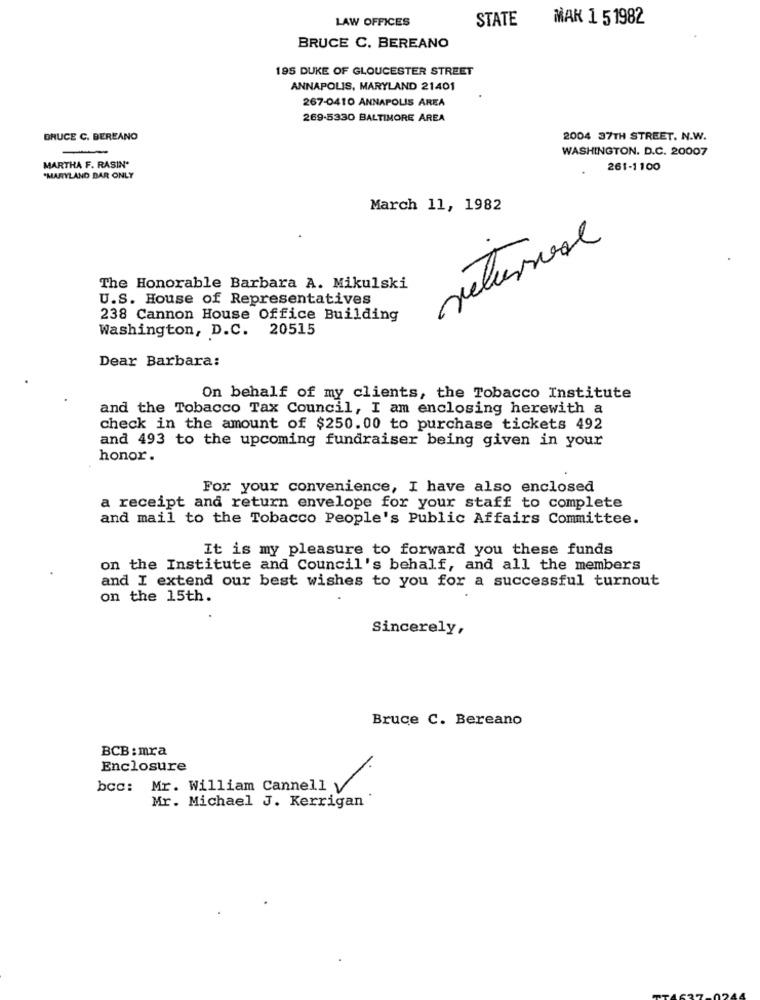
LAW OFFICES
STATE
MAK 1 51982
BRUCE C. BEREANO
195 DUKE OF GLOUCESTER STREET
ANNAPOLIS, MARYLAND 21401
267-0410 ANNAPOLIS AREA
269-5330 BALTIMORE AREA
BRUCE C. BEREANO
2004 37TH STREET. N.W.
WASHINGTON. D.C. 20007
MARTHA F. RASIN*
261-1100
*MARYLAND BAR ONLY
March 11, 1982
The Honorable Barbara A. Mikulski
U.S. House of Representatives
238 Cannon House Office Building
Washington, D.C. 20515
Dear Barbara:
On behalf of my clients, the Tobacco Institute
and the Tobacco Tax Council, I am enclosing herewith a
check in the amount of $250.00 to purchase tickets 492
and 493 to the upcoming fundraiser being given in your
honor.
For your convenience, I have also enclosed
a receipt and return envelope for your staff to complete
and mail to the Tobacco People's Public Affairs Committee.
It is my pleasure to forward you these funds
on the Institute and Council's behalf, and all the members
and I extend our best wishes to you for a successful turnout
on the 15th.
Sincerely,
Bruce C. Bereano
BCB : mra
-
Enclosure
bcc: Mr. William Cannell
Mr. Michael J. Kerrigan